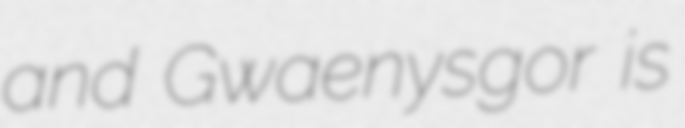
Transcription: and Gwaenysgor is